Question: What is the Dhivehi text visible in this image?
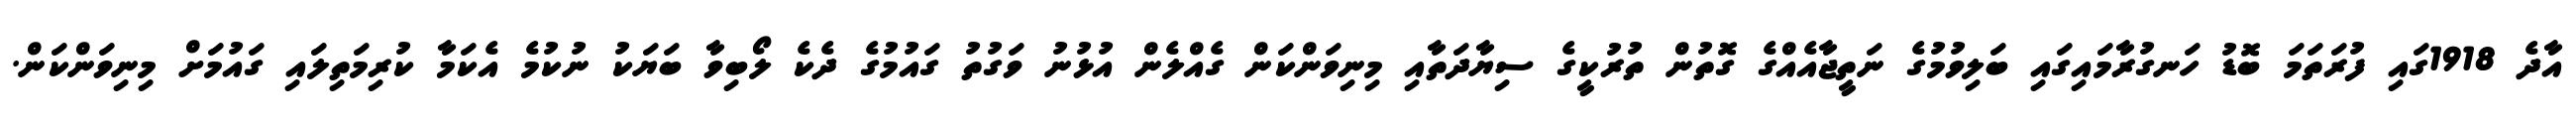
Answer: އާދެ 1918ގައި ފުރަތަމަ ބޮޑު ހަނގުރާމައިގައި ބަލިވުމުގެ ނަތީޖާއެއްގެ ގޮތުން ތުރުކީގެ ސިޔާދަތާއި މިނިވަންކަން ގެއްލެން އުޅުނު ވަގުތު ގައުމުގެ ދެކެ ލޯބިވާ ބަޔަކު ނުކުމެ އެކަމާ ކުރިމަތިލައި ގައުމަށް މިނިވަންކަން.